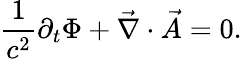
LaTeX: \frac{1}{c^{2}}\partial_{t}\Phi+\vec{\nabla}\cdot\vec{A}=0.